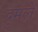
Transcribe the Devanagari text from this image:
द्रुमले